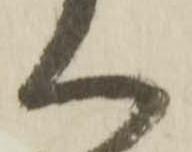
く